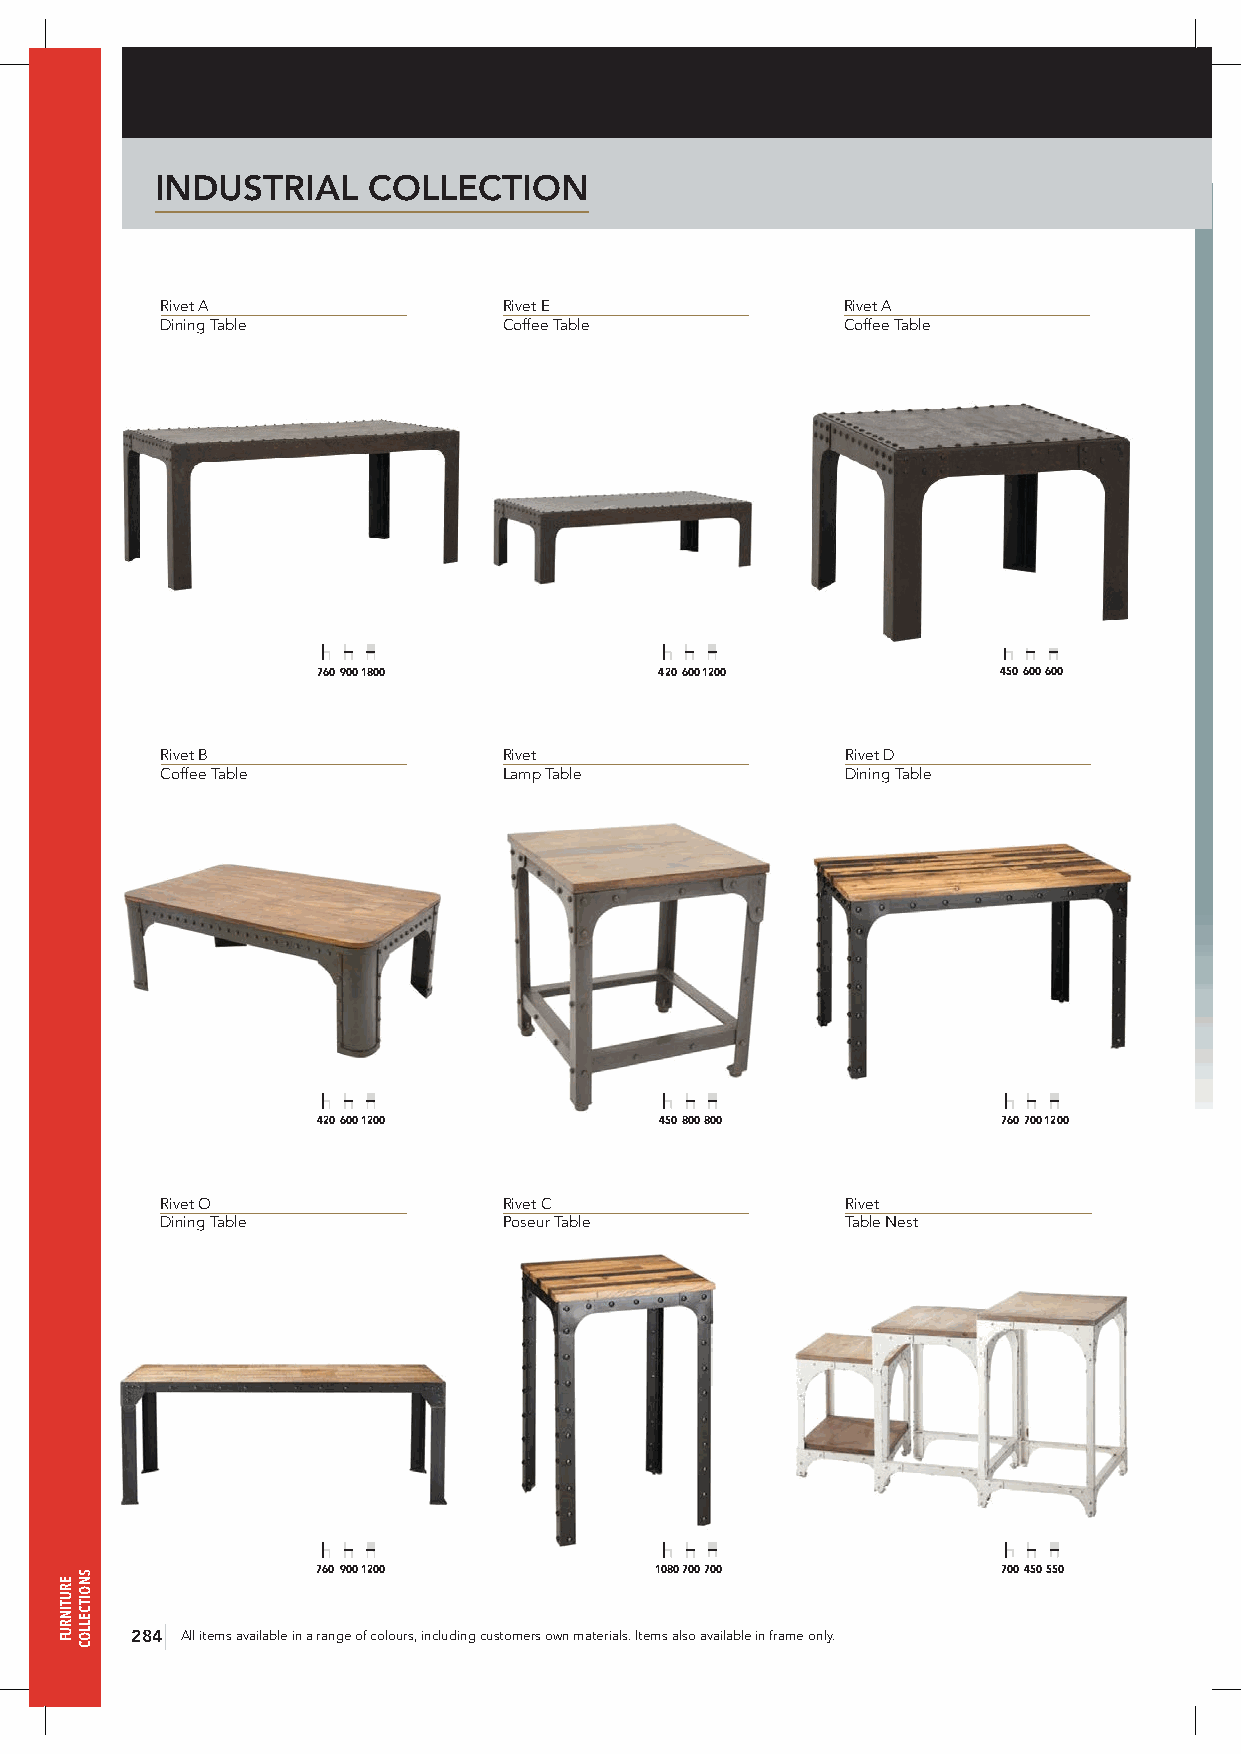
INDUSTRIAL    COLLECTION
 Rivet A               Rivet E                Rivet A
 Dining Table          Coffee Table           Coffee Table
 760 900 1800           420 600 1200          450 600 600
 Rivet B               Rivet                  Rivet D
 Coffee Table          Lamp Table             Dining Table
 420 600 1200           450 800 800           760 700 1200
 Rivet O               Rivet C                Rivet
 Dining Table          Poseur Table           Table Nest
 760 900 1200          1080 700 700           700 450 550
 284 All items available in a range of colours, including customers own materials. Items also available in frame only.
 ERUTINRUF
 SNOITCELLOC